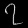
Digit: ၇